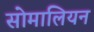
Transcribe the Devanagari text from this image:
सोमालियन